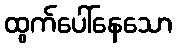
ထွက်ပေါ်နေသော